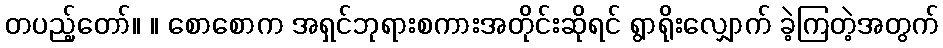
တပည့်တော်။ ။ စောစောက အရှင်ဘုရားစကားအတိုင်းဆိုရင် ရွာရိုးလျှောက် ခဲ့ကြတဲ့အတွက်